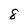
Character: 8